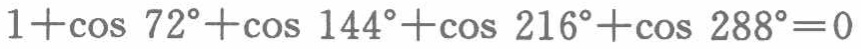
\(1+\cos 72^{\circ}+\cos 144^{\circ}+\cos 216^{\circ}+\cos 288^{\circ}=0\)